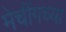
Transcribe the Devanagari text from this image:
मेचींगच्या